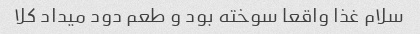
سلام غذا واقعا سوخته بود و طعم دود میداد کلا